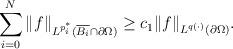
LaTeX: \begin{align*} \sum_{i=0}^{N} \Vert f\Vert_{\scriptstyle L^{p^{*}_{i}}(\overline{B_{i}}\cap \partial \Omega )} \geq c_{1} \Vert f\Vert_{\scriptstyle L^{q(\cdot)}(\partial \Omega)}. \end{align*}